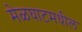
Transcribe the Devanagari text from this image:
मेळघाटमधील